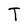
Character: T